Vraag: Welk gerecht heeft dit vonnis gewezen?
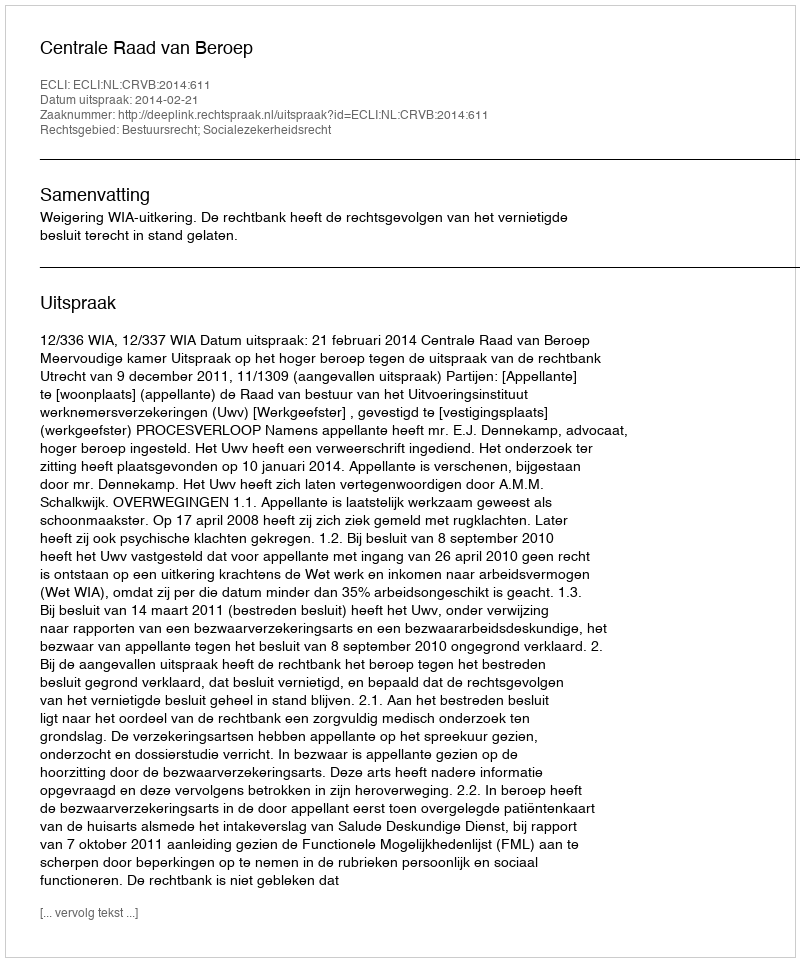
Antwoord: Centrale Raad van Beroep